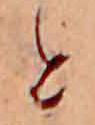
と